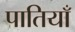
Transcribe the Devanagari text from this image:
पातियाँ